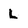
Character: L